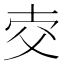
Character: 𤕐